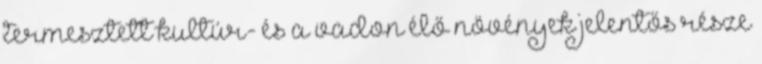
termesztett kultúr- és a vadon élő növények jelentős része